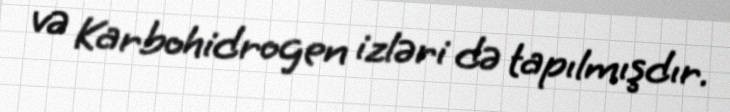
və Karbohidrogen izləri də tapılmışdır.